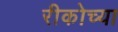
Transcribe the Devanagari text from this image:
रीकोच्या